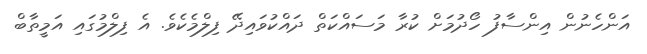
އަންހެނުން އިންސާފު ހޯދުމަށް ކުރާ މަސައްކަތް ދައްކުވައިދޭ ފިލްމެކެވެ. އެ ފިލްމުގައި އަމީތާބް